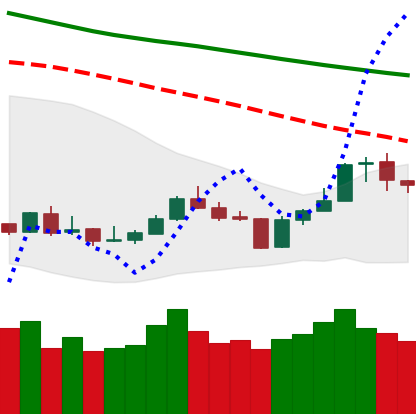
Ticker: BNB-USD
Chart end date: 2020-01-09
Forward return: 14.676%
Label: up_7plus